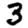
Digit: 3